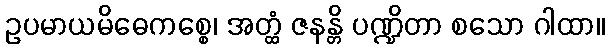
ဥပမာယမိဓေကစ္စေ၊ အတ္ထံ ဇနန္တိ ပဏ္ဍိတာ စသော ဂါထာ။